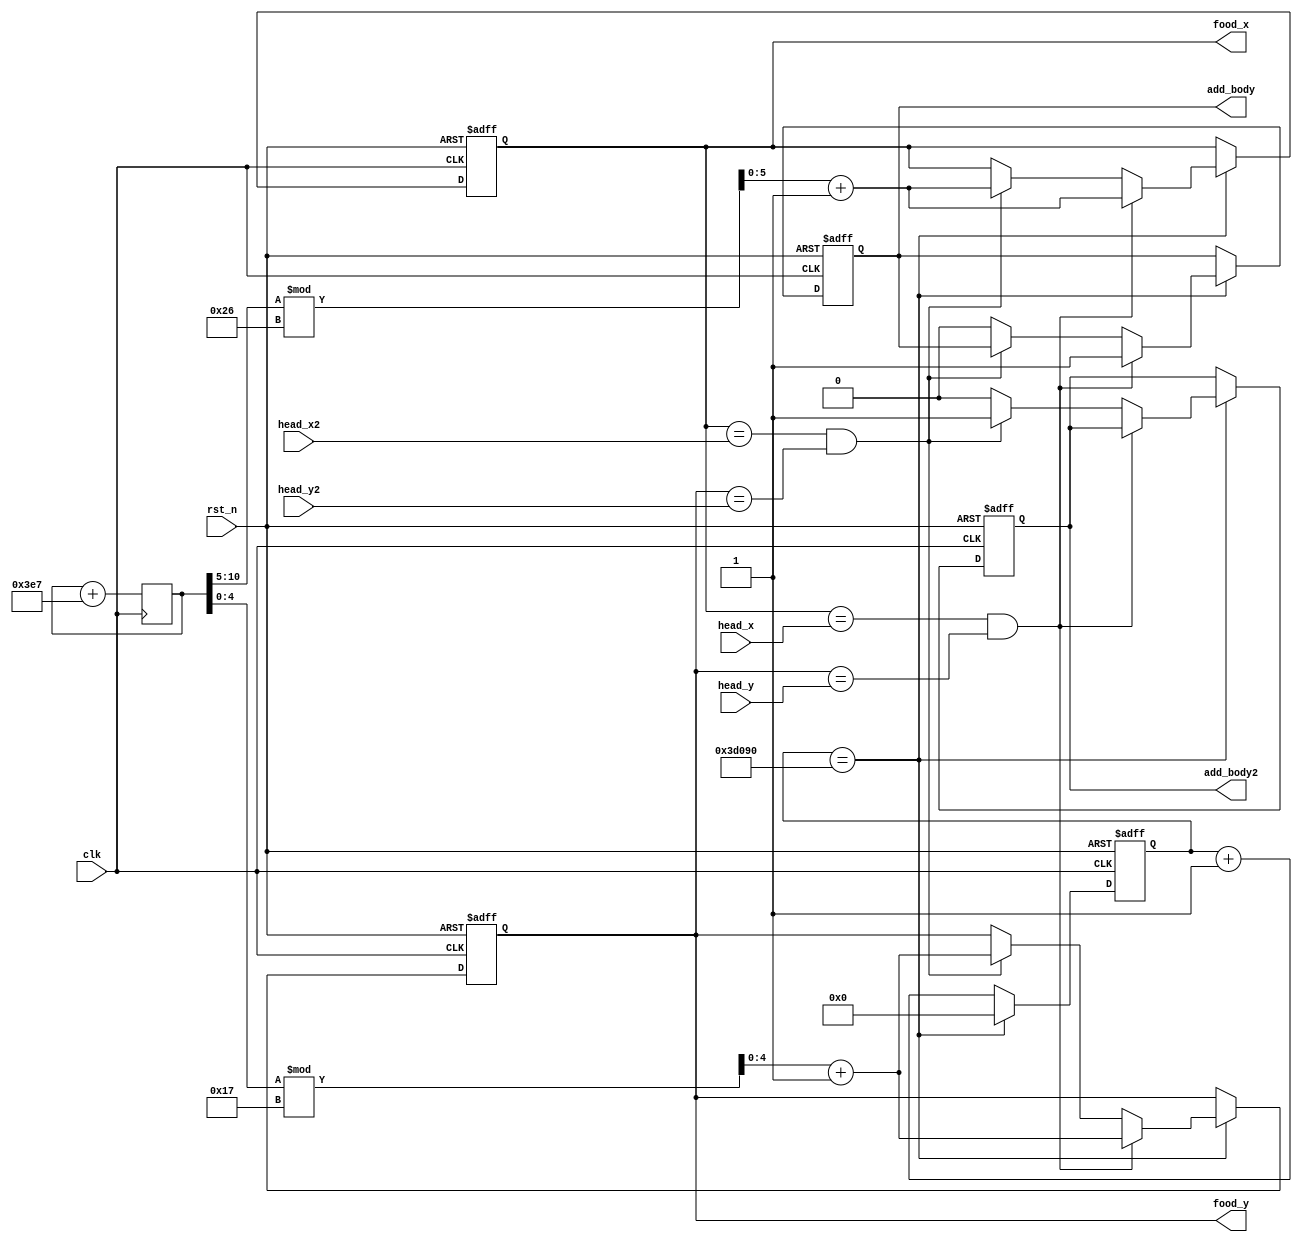
module Snake_food//??
(
	input clk,
	input rst_n,
	
	input [5:0]head_x,
	input [4:0]head_y,
	
	input [5:0]head_x2,
	input [4:0]head_y2,
	
	output reg [5:0]food_x,
	output reg [4:0]food_y,

	output reg add_body,
	
	output reg add_body2
	
	
);

	reg [31:0]clk_cnt;
	reg [10:0]random_num;
	
	always@(posedge clk)
		random_num <= random_num + 999;  //  
		//5X ??5Y
	
	always@(posedge clk or negedge rst_n) begin
		if(!rst_n) begin
			clk_cnt <= 0;
			food_x <= 24;
			food_y <= 10;
			add_body <= 0;
			add_body2 <= 0;
		end
		else begin
			clk_cnt <= clk_cnt+1;
			if(clk_cnt == 250_000) begin
				clk_cnt <= 0;
				if(food_x == head_x && food_y == head_y) begin
					add_body <= 1;
					food_x <= random_num[10:5]%38+1;
					food_y <= random_num[4:0]%23+1;
				end   //??
				
				else if(food_x == head_x2 && food_y == head_y2) begin
					add_body2 <= 1;
					food_x <= random_num[10:5]%38+1;
					food_y <= random_num[4:0]%23+1;
				end   //?
				else begin
					add_body <= 0;
					add_body2 <= 0;
				end
			end
		end
	end
endmodule